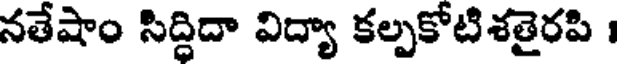
నతేషాం సిద్ధిదా విద్యా కల్పకోటిశతైరపి ।